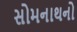
સોમનાથનો